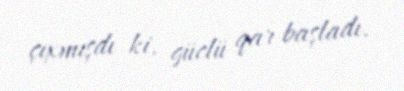
çıxmışdı ki, güclü qar başladı.